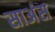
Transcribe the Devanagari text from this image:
साअंस